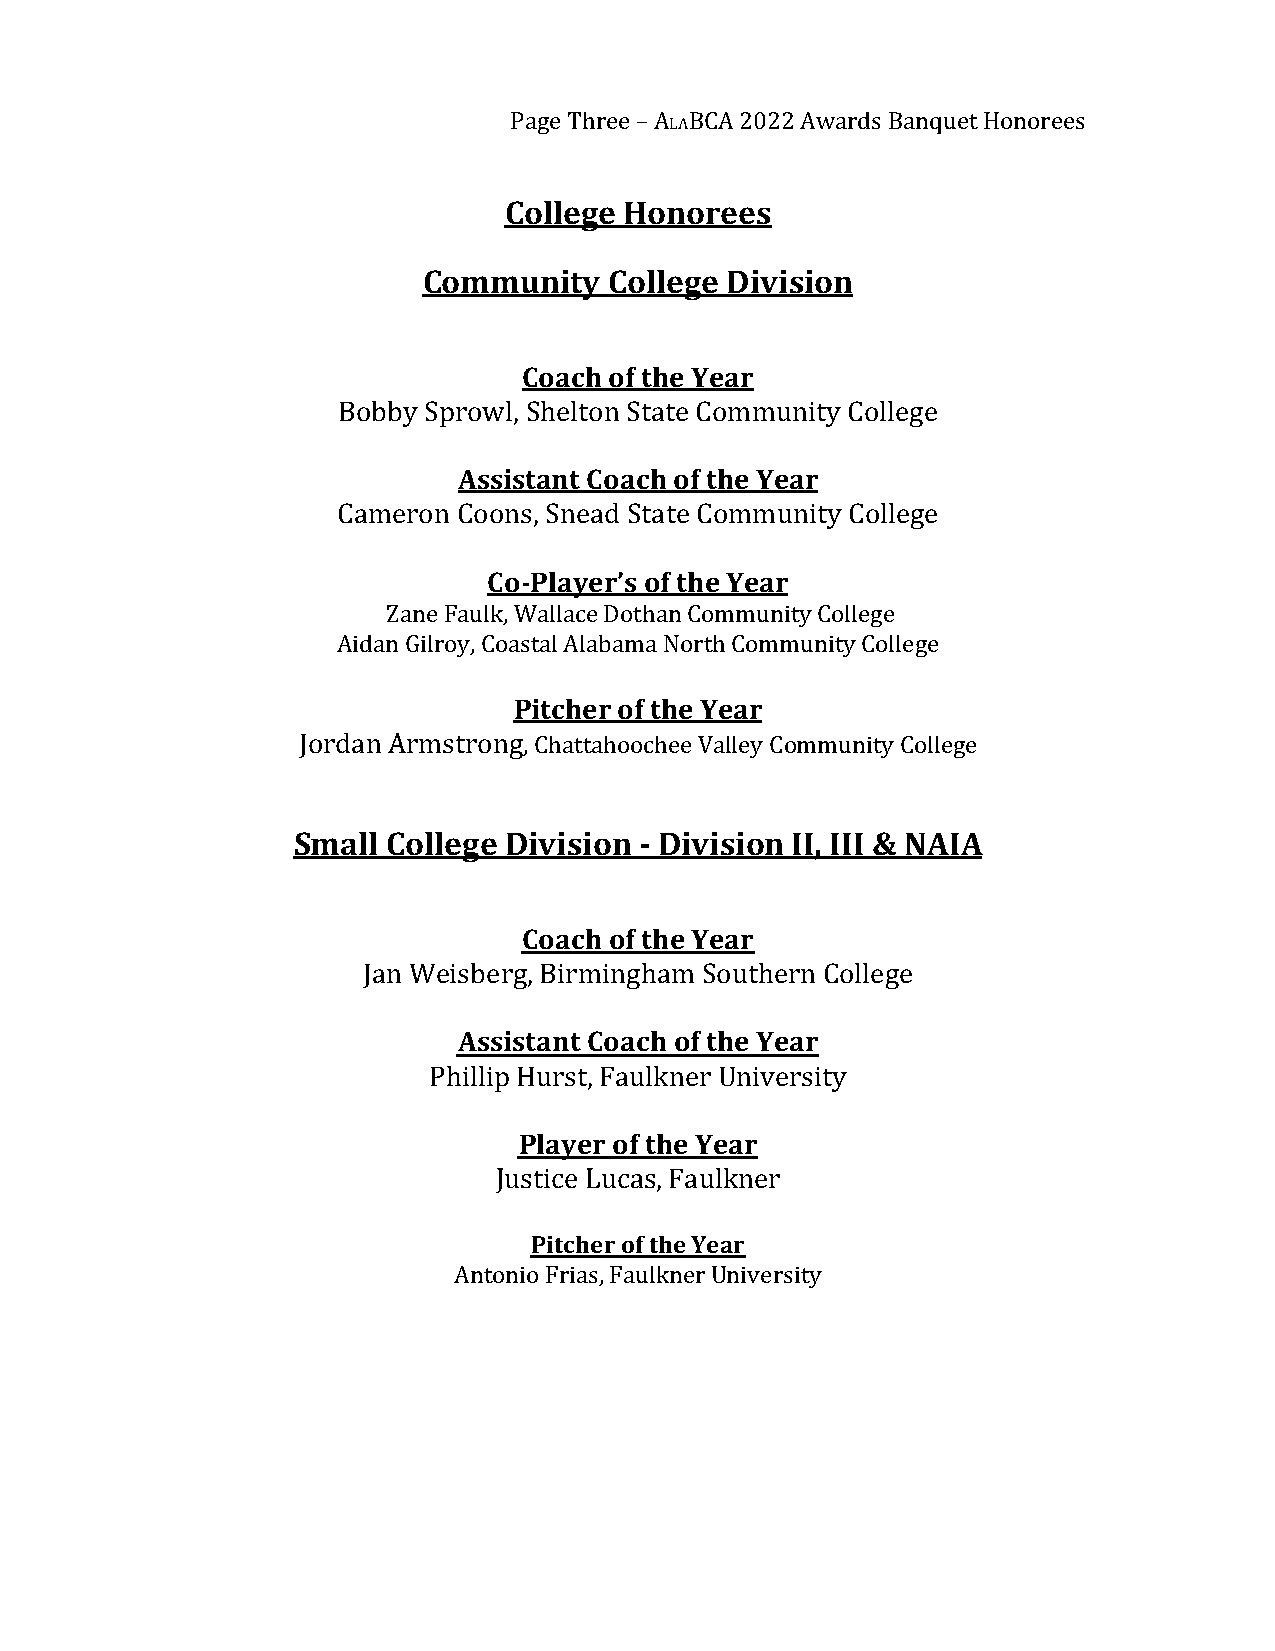
Page Three – A BCA 2022 Awards Banquet Honorees
 LA
 College Honorees
 Community   College Division
 Coach of the Year
 Bobby Sprowl, Shelton State Community College
 Assistant Coach of the Year
 Cameron Coons, Snead State Community College
 Co-Player’s of the Year
 Zane Faulk, Wallace Dothan Community College
 Aidan Gilroy, Coastal Alabama North Community College
 Pitcher of the Year
 Jordan Armstrong, Chattahoochee Valley Community College
 Small  College Division - Division II, III & NAIA
 Coach of the Year
 Jan Weisberg, Birmingham Southern College
 Assistant Coach of the Year
 Phillip Hurst, Faulkner University
 Player of the Year
 Justice Lucas, Faulkner
 Pitcher of the Year
 Antonio Frias, Faulkner University